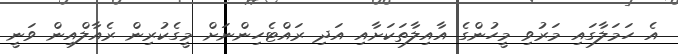
އެ ހަމަލާގައި މަރުވި މީހުންގެ އާއިލާތަކަށާއި އަދި ރައްޓެހިންނަށް މީގެކުރިން ރެއާލްއިން ވަނީ